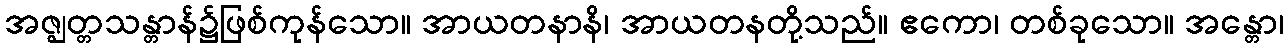
အဇ္ဈတ္တသန္တာန်၌ဖြစ်ကုန်သော။ အာယတနာနိ၊ အာယတနတို့သည်။ ဧကော၊ တစ်ခုသော။ အန္တော၊